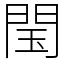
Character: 閠